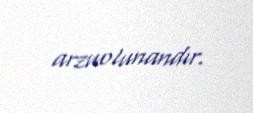
arzuolunandır.